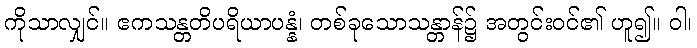
ကိုသာလျှင်။ ဧကသန္တတိပရိယာပန္နံ၊ တစ်ခုသောသန္တာန်၌ အတွင်းဝင်၏ ဟူ၍။ ဝါ၊